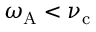
\omega _ { \mathrm { A } } < \nu _ { \mathrm { c } }